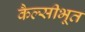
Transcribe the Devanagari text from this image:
कैल्सीभूत